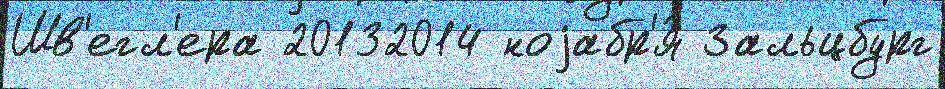
Шв'егл'ера 20132014 ноjабр'я́ Зальцбург